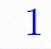
1